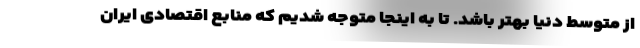
از متوسط دنیا بهتر باشد. تا به اینجا متوجه شدیم که منابع اقتصادی ایران